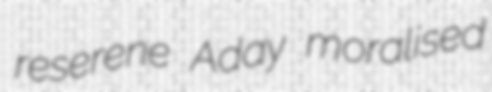
reserene Aday moralised